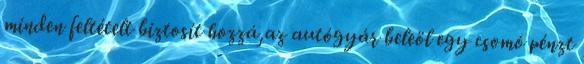
minden feltételt biztosít hozzá,az autógyár beleöl egy csomó pénzt